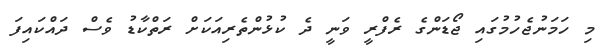
މި ހަމަނުޖެހުމުގައި ޖޯޑަންގެ ރެފްރީ ވަނީ ދެ ކުޅުންތެރިއަކަށް ރަތްކާޑު ވެސް ދައްކައިފަ